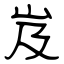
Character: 岌